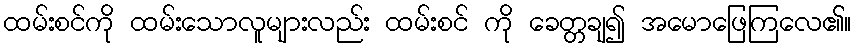
ထမ်းစင်ကို ထမ်းသောလူများလည်း ထမ်းစင် ကို ခေတ္တချ၍ အမောဖြေကြလေ၏။